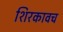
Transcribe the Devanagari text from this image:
शिरकावच